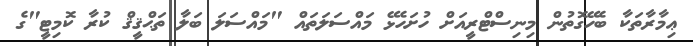
ޢިމާރާތަކާ ބެހޭގޮތުން މިނިސްޓްރީއަށް ހުށަހެޅޭ މައްސަލަތައް "މައްސަލަ ބަލާ ތަޙްޤީޤް ކުރާ ކޮމިޓީ"ގެ